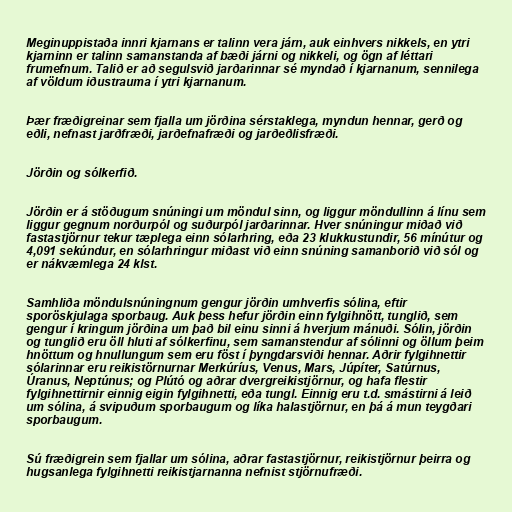
Meginuppistaða innri kjarnans er talinn vera járn, auk einhvers nikkels, en ytri
kjarninn er talinn samanstanda af bæði járni og nikkeli, og ögn af léttari
frumefnum. Talið er að segulsvið jarðarinnar sé myndað í kjarnanum, sennilega
af völdum iðustrauma í ytri kjarnanum.

Þær fræðigreinar sem fjalla um jörðina sérstaklega, myndun hennar, gerð og
eðli, nefnast jarðfræði, jarðefnafræði og jarðeðlisfræði.

Jörðin og sólkerfið.

Jörðin er á stöðugum snúningi um möndul sinn, og liggur möndullinn á línu sem
liggur gegnum norðurpól og suðurpól jarðarinnar. Hver snúningur miðað við
fastastjörnur tekur tæplega einn sólarhring, eða 23 klukkustundir, 56 mínútur og
4,091 sekúndur, en sólarhringur miðast við einn snúning samanborið við sól og
er nákvæmlega 24 klst.

Samhliða möndulsnúningnum gengur jörðin umhverfis sólina, eftir
sporöskjulaga sporbaug. Auk þess hefur jörðin einn fylgihnött, tunglið, sem
gengur í kringum jörðina um það bil einu sinni á hverjum mánuði. Sólin, jörðin
og tunglið eru öll hluti af sólkerfinu, sem samanstendur af sólinni og öllum þeim
hnöttum og hnullungum sem eru föst í þyngdarsviði hennar. Aðrir fylgihnettir
sólarinnar eru reikistörnurnar Merkúríus, Venus, Mars, Júpíter, Satúrnus,
Úranus, Neptúnus; og Plútó og aðrar dvergreikistjörnur, og hafa flestir
fylgihnettirnir einnig eigin fylgihnetti, eða tungl. Einnig eru t.d. smástirni á leið
um sólina, á svipuðum sporbaugum og líka halastjörnur, en þá á mun teygðari
sporbaugum.

Sú fræðigrein sem fjallar um sólina, aðrar fastastjörnur, reikistjörnur þeirra og
hugsanlega fylgihnetti reikistjarnanna nefnist stjörnufræði.